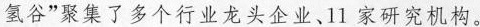
氢谷”聚集了多个行业龙头企业、11家研究机构。